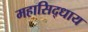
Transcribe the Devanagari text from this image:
महासिद्धाय